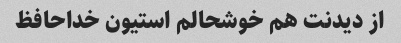
از دیدنت هم خوشحالم استیون خداحافظ